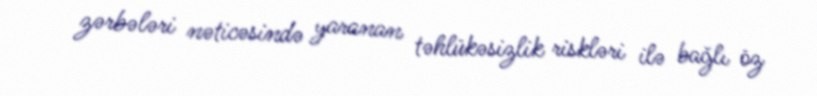
zərbələri nəticəsində yaranan təhlükəsizlik riskləri ilə bağlı öz